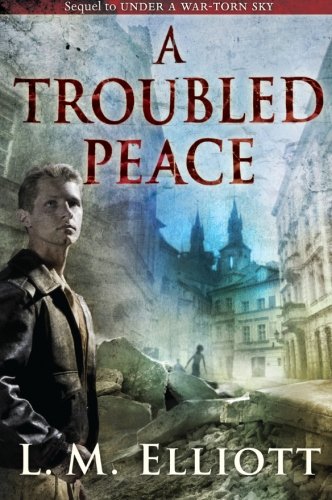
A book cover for A Troubled Peace (Under A War-Torn Sky); L. M. Elliott; Teen & Young Adult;